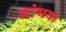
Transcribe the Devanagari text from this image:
जांभया